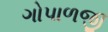
ગોપાળજી